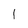
Character: l